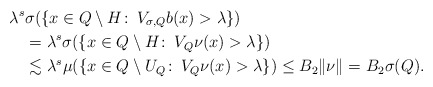
\begin{align*}\lambda^s & \sigma(\{x \in Q \setminus H\colon\, V_{\sigma, Q} b(x) > \lambda\}) \\&=\lambda^s \sigma(\{x \in Q \setminus H\colon\, V_{Q} \nu(x) > \lambda\}) \\&\lesssim \lambda^s\mu(\{x \in Q \setminus U_Q\colon\, V_{Q} \nu(x) > \lambda\}) \le B_2\|\nu\| = B_2\sigma(Q).\end{align*}